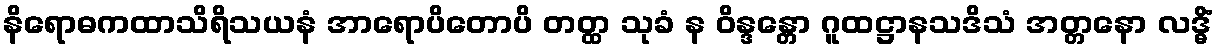
နိရောဓကထာသိရိသယနံ အာရောပိတောပိ တတ္ထ သုခံ န ဝိန္ဒန္တော ဂူထဋ္ဌာနသဒိသံ အတ္တနော လဒ္ဓိံ